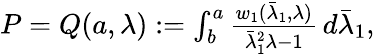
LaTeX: \begin{array}{r}{P=Q({a},\lambda):=\int_{{b}}^{{a}}\frac{w_{1}(\bar{\lambda}_{1},\lambda)}{\bar{\lambda}_{1}^{2}\lambda-1}\, d\bar{\lambda}_{1},}\end{array}